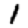
Digit: 1